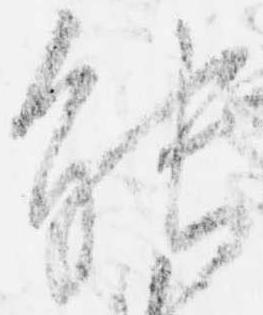
能